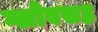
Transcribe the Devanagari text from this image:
ग्लोबसह